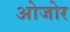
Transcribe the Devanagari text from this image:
ओजोर